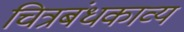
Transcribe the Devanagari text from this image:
चित्रबंधकाव्य